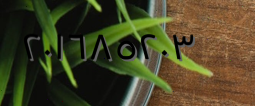
٢٠١٦٨٥٢٠٣